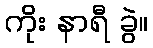
ကိုး နာရီ ခွဲ။